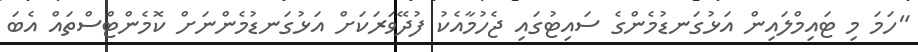
"ހަމަ މި ޓައިމްލައިން އަޅުގަނޑުމެންގެ ސައިޓުގައި ޖެހުމާއެކު ފުދޭވަރަކަށް އަޅުގަނޑުމެންނަށް ކޮމެންޓްސްތައް އެބަ